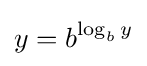
y=b^{\log _{b}y}